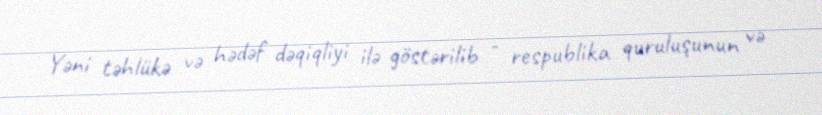
Yəni təhlükə və hədəf dəqiqliyi ilə göstərilib - respublika quruluşunun və